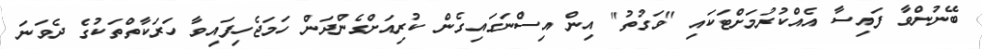
ބޭނުންވާ ފައިސާ އެއްކުރުމަށްޓަކައި "ވަގުތު" އިން އިސްނަގައިގެން ކުރިއަށްގެންދަން ހަމަޖެހިފައިވާ ހަރަކާތްތަކުގެ ދެވަނަ